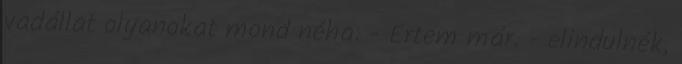
vadállat olyanokat mond néha. - Értem már. - elindulnék,